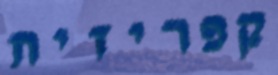
קפריזית